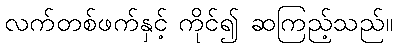
လက်တစ်ဖက်နှင့် ကိုင်၍ ဆကြည့်သည်။